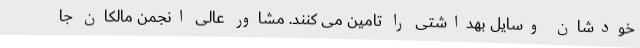
خودشان وسایل بهداشتی را تامین می کنند. مشاور عالی انجمن مالکان جا